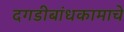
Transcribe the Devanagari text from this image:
दगडीबांधकामाचे